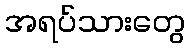
အရပ်သားတွေ